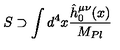
S \supset \int d ^ { 4 } x { \frac { \hat { h } _ { 0 } ^ { \mu \nu } ( x ) } { M _ { P l } } }